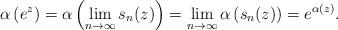
LaTeX: \begin{align*}\alpha \left(e^z\right) = \alpha \left( \lim_{n \rightarrow \infty} s_n(z) \right) = \lim_{n \rightarrow \infty} \alpha \left(s_n(z) \right) = e^{\alpha(z)}.\end{align*}